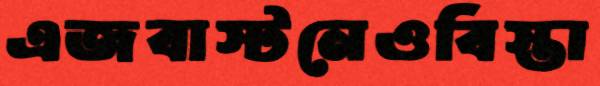
এজবাস্টনেওবিস্তা